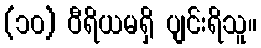
(၁၀) ဝီရိယမရှိ ပျင်းရိသူ။